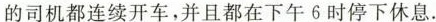
的司机都连续开车，并且都在下午6时停下休息.